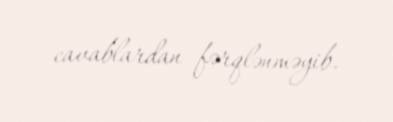
cavablardan fərqlənməyib.